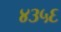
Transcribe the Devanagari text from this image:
४३५६